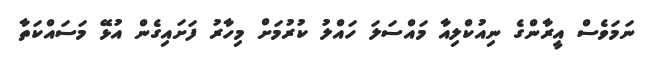
ނަމަވެސް އީރާންގެ ނިއުކްލިއާ މައްސަލަ ހައްލު ކުރުމަށް މިހާރު ފަށައިގެން އުޅޭ މަސައްކަތާ